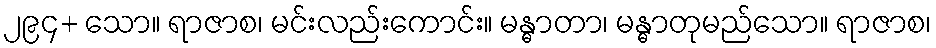
၂၉၄+ သော။ ရာဇာစ၊ မင်းလည်းကောင်း။ မန္ဓာတာ၊ မန္ဓာတုမည်သော။ ရာဇာစ၊